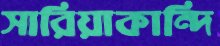
সারিয়াকান্দি